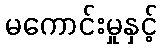
မကောင်းမှုနှင့်